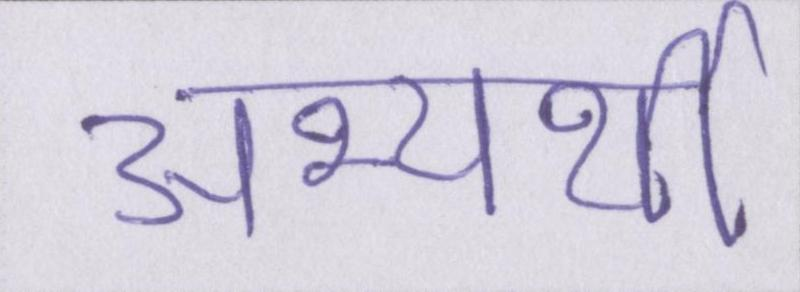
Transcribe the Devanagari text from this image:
अभ्यर्थी